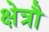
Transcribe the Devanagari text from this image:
क्षेत्रौ